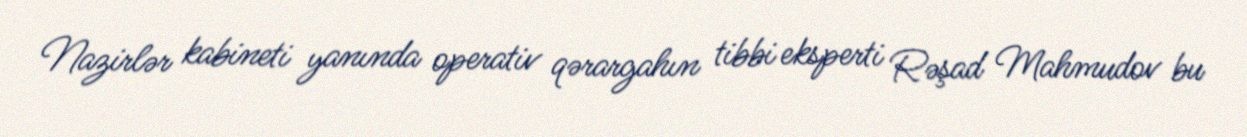
Nazirlər kabineti yanında operativ qərargahın tibbi eksperti Rəşad Mahmudov bu